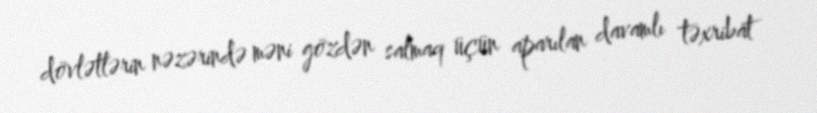
dövlətlərin nəzərində məni gözdən salmaq üçün aparılan davamlı təxribat